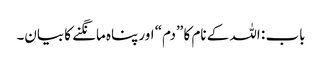
باب : اللہ کے نام کا ”دم“ اور پناہ مانگنے کا بیان۔